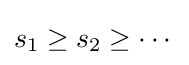
s_{1}\geq s_{2}\geq \cdots